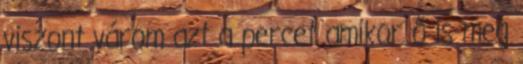
viszont várom azt a percet amikor ő is meg